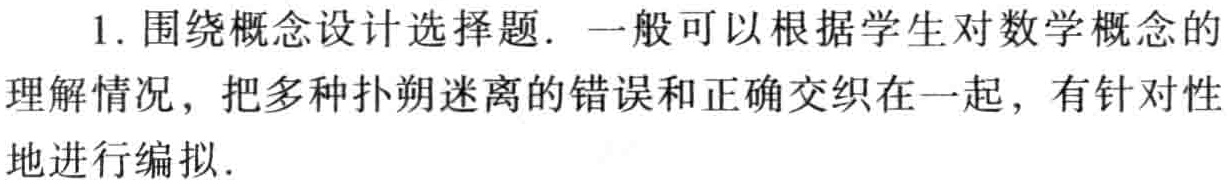
1. 围绕概念设计选择题. 一般可以根据学生对数学概念的理解情况，把多种扑朔迷离的错误和正确交织在一起，有针对性地进行编拟.